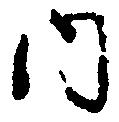
内